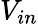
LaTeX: V_{in}